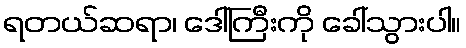
ရတယ်ဆရာ၊ ဒေါ်ကြီးကို ခေါ်သွားပါ။